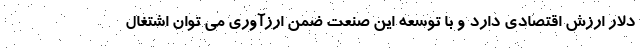
دلار ارزش اقتصادی دارد و با توسعه این صنعت ضمن ارزآوری می توان اشتغال